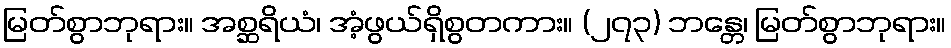
မြတ်စွာဘုရား။ အစ္ဆရိယံ၊ အံ့ဖွယ်ရှိစွတကား။ (၂၇၃) ဘန္တေ၊ မြတ်စွာဘုရား။